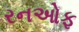
રનઓફ